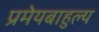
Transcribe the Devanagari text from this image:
प्रमेयबाहुल्य